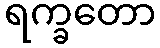
ရက္ခတော